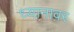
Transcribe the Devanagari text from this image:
ध्यानावर